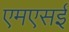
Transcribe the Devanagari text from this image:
एमएसई